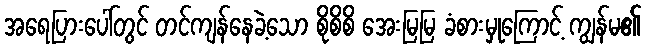
အရေပြားပေါ်တွင် တင်ကျန်နေခဲ့သော စိုစိစိ အေးမြမြ ခံစားမှုကြောင့် ကျွန်မ၏